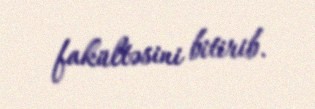
fakültəsini bitirib.